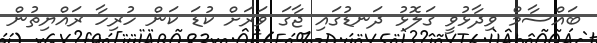
ބައްސާމް ވިދާޅުވީ ގަލޮޅު ދަނޑުގައި ޖާގަ ވަރަށް ކުޑަ ކަން ހުރިހާ ރައްޔިތުން